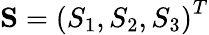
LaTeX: \mathbf{S}=\left(S_{1},S_{2},S_{3}\right)^{T}